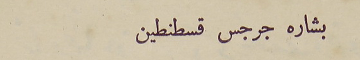
بشاره جرجس قسطنطين